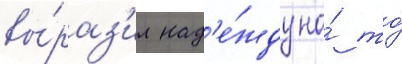
вы́раз'ил над'е́жду на́ то́